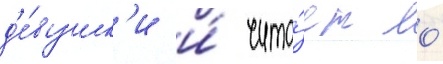
д'е́вушк'и и́ чита́ет ео́